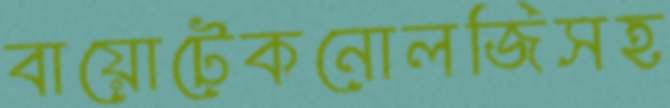
বায়োটেকনোলজিসহ